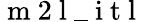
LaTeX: \mathrm{~m~2~l~\_ ~i~t~l~}